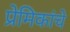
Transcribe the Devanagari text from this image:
प्रेमिकांचे